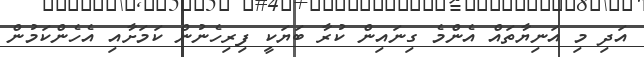
އަދި މި އަނިޔާތައް އެންމެ ގިނައިން ކުރާ ބަޔަކީ ފިރިހެނުން ކަމަށާއި އެހެންކަމުން